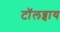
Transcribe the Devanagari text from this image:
टाॅलब्वाय